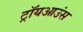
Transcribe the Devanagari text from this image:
ट्रॉयआउंस